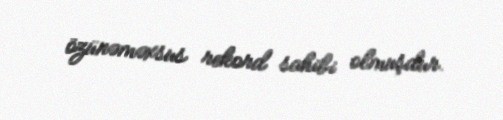
özünəməxsus rekord sahibi olmuşdur.